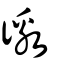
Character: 徼